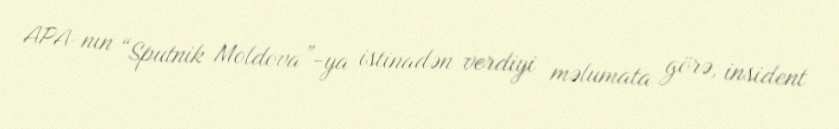
APA-nın “Sputnik Moldova”-ya istinadən verdiyi məlumata görə, insident